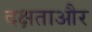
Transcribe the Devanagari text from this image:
दक्षताऔर